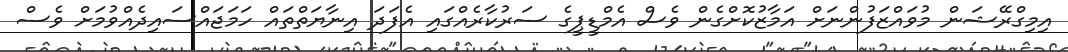
އިމިގްރޭޝަން މުވައްޒަފުންނަށް އަމާޒުކޮށްގެން ވެސް އެމްޑީޕީގެ ސަރުކާރެއްގައި އެފަދަ އިނާޔަތްތައް ހަމަޖައްސައިދެއްވުމަށް ވެސް